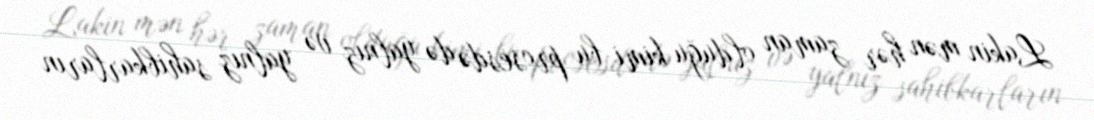
Lakin mən hər zaman olduğu kimi bu prosesdə də yalnız və yalnız sahibkarların